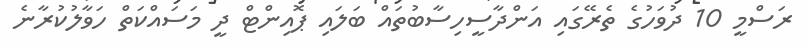
ރަސްމީ 10 ދުވަހުގެ ތެރޭގައި އަންދާސީހިސާބުތައް ބަލައި ޕޮއިންޓް ދީ މަސައްކަތް ހަވާލުކުރާނެ